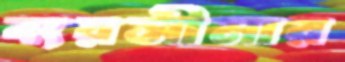
ব্যয়সীমার